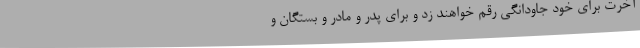
آخرت برای خود جاودانگی رقم خواهند زد و برای پدر و مادر و بستگان و